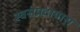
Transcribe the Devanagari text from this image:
स्वसंप्रदायास